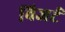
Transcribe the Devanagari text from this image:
विजर्ट